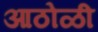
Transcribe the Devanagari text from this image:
आठोळी